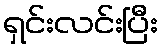
ရှင်းလင်းပြီး